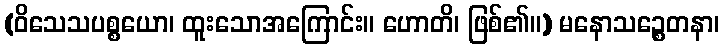
(ဝိသေသပစ္စယော၊ ထူးသောအကြောင်း။ ဟောတိ၊ ဖြစ်၏။) မနောသဉ္စေတနာ၊